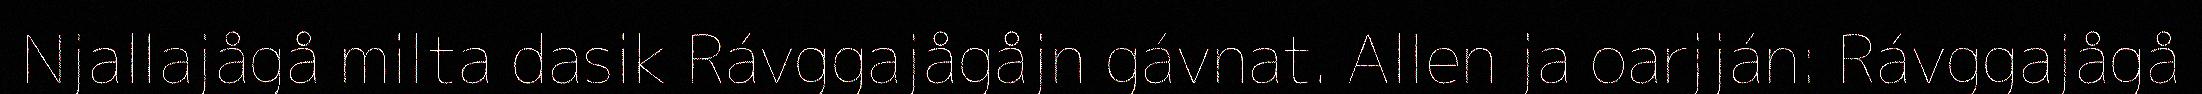
Njallajågå milta dasik Rávggajågåjn gávnat. Allen ja oarjján: Rávggajågå